Report of the Indian Hemp Drugs Commission, 1894-1895 - Volume IV
Year: 1894
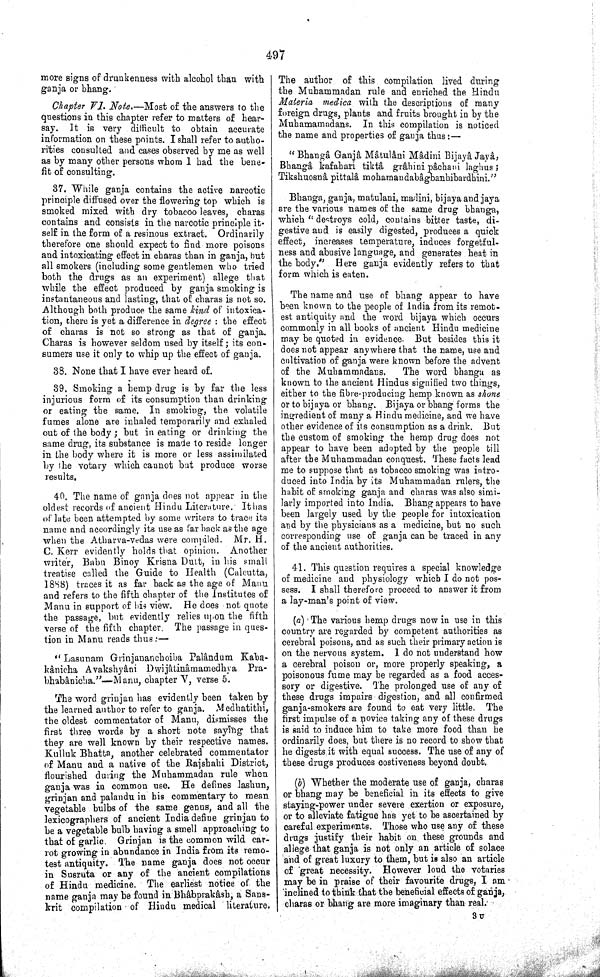
497
more signs of drunkenness with alcohol than with
ganja or bhang.
Chapter VI. Note.—Most
of the answers to the
questions in this chapter refer to matters of hear-
say. It is very difficult to obtain accurate
information on these points. I shall refer to autho-
rities consulted and cases observed by me as well
as by many other persons whom I had the bene-
fit of consulting.
37. While ganja contains the active narcotic
principle diffused over the flowering top which is
smoked mixed with dry tobacoo leaves, charas
contains and consists in the narcotic principle it-
self in the form of a resinous extract.
Ordinarily
therefore one should expect to find more poisons
and intoxicating effect in charas than in ganja, but
all smokers (including some gentlemen who tried
both the drugs as an experiment) allege that
while the effect produced by ganja smoking is
instantaneous and lasting, that of charas is not so.
Although both produce the same kind of intoxica-
tion, there is yet a difference in degree: the effect
of charas is not so strong as that of ganja.
Charas is however seldom used by itself; its con-
sumers use it only to whip up the effect of ganja.
38. None that I have ever heard of.
39. Smoking a hemp drug is by far the less
injurious form of its consumption than drinking
or eating the same. In smoking, the volatile
fumes alone are inhaled temporarily and exhaled
out of the body; but in eating or drinking the
same drug, its substance is made to reside longer
in the body where it is more or less assimilated
by the votary which cannot but produce worse
results.
40. The name of ganja does not appear in the
oldest records of ancient Hindu Literature. It has
of late been attempted by some writers to trace its
name and accordingly its use as far back as the age
when the Atharva-vedas were compiled. Mr. H.
C. Kerr evidently holds that opinion. Another
writer, Babu Binoy Krisna Dutt, in his small
treatise called the Guide to Health (Calcutta,
1888) traces it as far back as the age of
Manu
and refers to the fifth chapter of the Institutes of
Manu in support of his view. He does not quote
the passage, but evidently relies upon the fifth
verse of the fifth chapter. The passage in ques-
tion in Manu reads thus:—
"Lasunam Grinjananchoiba Palândum Kaba-
kânicha Avakshyâni Dwijâtinâmamedhya
Pra-
bhabânicha."—Manu, chapter V, verse 5.
The word grinjan has evidently been taken by
the learned author to refer to ganja.
Medhatithi,
the oldest commentator of Manu, dismisses the
first three words by a short note saying that
they are well known by their respective names.
Kulluk Bhatta, another celebrated commentator
of Manu and a native of the Rajshahi District,
flourished
during the Muhammadan rule when
ganja was in common use. He defines lashun,
grinjan and palandu in his commentary to mean
vegetable bulbs of the same genus, and all the
lexicographers of ancient India define grinjan to
be a vegetable bulb having a smell approaching to
that of garlic. Grinjan is the common wild car-
rot growing in abundance in India from its remo-
test antiquity. The name ganja does not occur
in Susruta or any of the ancient compilations
of Hindu medicine. The earliest notice of the
name ganja may be found in Bhâbprakâsh, a Sans-
krit compilation of Hindu medical literature.
The author of this compilation lived during
the Muhammadan rule and enriched the Hindu
Materia
medica with the descriptions of many
foreign drugs, plants and fruits brought in by the
Muhamamadans. In this compilation is noticed
the name and properties of ganja thus:—
"Bhangâ Ganjâ Mâtulâni Mâdini Bijayâ Javâ,
Bhangâ kafahari tiktâ grâhini pâchani laghus;
Tikshuosnâ pittalâ mohamandabâgbanhibardhini."
Bhanga, ganja, matulani, madini, bijaya and jaya
are the various names of the same drug bhanga,
which "destroys cold, contains bitter taste, di-
gestive and is easily digested, produces a quick
effect, increases temperature, induces forgetful-
ness and abusive language, and generates heat in
the body." Here ganja evidently refers to that
form which is eaten.
The name and use of bhang appear to have
been known to the people of India from its remot-
est antiquity and the word bijaya which occurs
commonly in all books of ancient Hindu medicine
may be quoted in evidence. But besides this it
does not appear anywhere that the name, use and
cultivation of ganja were known before the advent
of the Muhammadans.
The word bhanga as
known to the ancient Hindus signified two things,
either to the fibre-producing hemp known as shone
or to bijaya or bhang. Bijaya or bhang forms the
ingredient of many a Hindu medicine, and we have
other evidence of its consumption as a drink. But
the custom of smoking the hemp drug does not
appear to have been adopted by the people till
after the Muhammadan conquest. These facts lead
me to suppose that as tobacco smoking was intro-
duced into India by its Muhammadan rulers, the
habit of smoking ganja and charas was also simi-
larly imported into India. Bhang appears to have
been largely used by the people for intoxication
and by the physicians as a medicine, but no such
corresponding use of ganja can be traced in any
of the ancient authorities.
41. This question requires a special knowledge
of medicine and physiology which I do not pos-
sess. I shall therefore proceed to answer it from
a lay-man's point of view.
(a) The various hemp drugs now in use in this
country are regarded by competent authorities as
cerebral poisons, and as such their primary action is
on the nervous system. I do not understand how
a cerebral poison or, more properly speaking, a
poisonous fume may be regarded as a food acces-
sory or digestive. The prolonged use of any of
these drugs impairs digestion, and all confirmed
ganja-smokers are found to eat very little. The
first impulse of a novice taking any of these drugs
is said to induce him to take more food than he
ordinarily does, but there is no record to show that
he digests it with equal success. The use of any of
these drugs produces costiveness beyond doubt.
(b) Whether the moderate use of ganja, charas
or bhang may be beneficial in its effects to give
staying-power under severe exertion or exposure,
or to alleviate fatigue has yet to be ascertained by
careful experiments. Those who use any of these
drugs justify their habit on these grounds and
allege that ganja is not only an article of solace
and of great luxury to them, but is also an article
of great necessity. However loud the votaries
may be in praise of their favourite drugs, I am -
inclined to think that the beneficial effects of ganja,
charas or bhang are more imaginary than real.
3 U